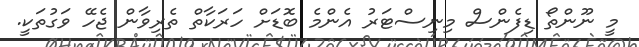
މީ ނޫންތޯ ޑިފެންސް މިނިސްޓަރު އެންމެ ބޮޑަށް ހަރަކާތް ތެރިވާން ޖެހޭ ވަގުތަކީ.